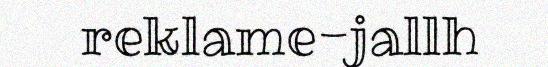
reklame-jallh